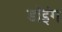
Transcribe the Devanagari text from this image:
डॉइंग